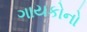
ગાયકોનો